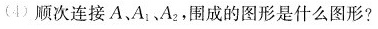
(4) 顺次连接A、A_{1}、A_{2}，围成的图形是什么图形？